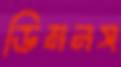
ডিমনস